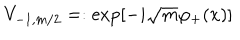
LaTeX: V _ { - 1 , m / 2 } = : \exp [ - i \sqrt { m } \varphi _ { + } ( x ) ]